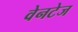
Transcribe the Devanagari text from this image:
वेनटेज